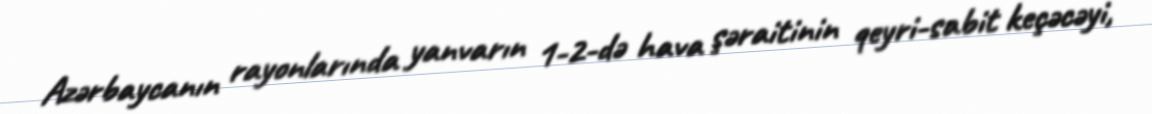
Azərbaycanın rayonlarında yanvarın 1-2-də hava şəraitinin qeyri-sabit keçəcəyi,